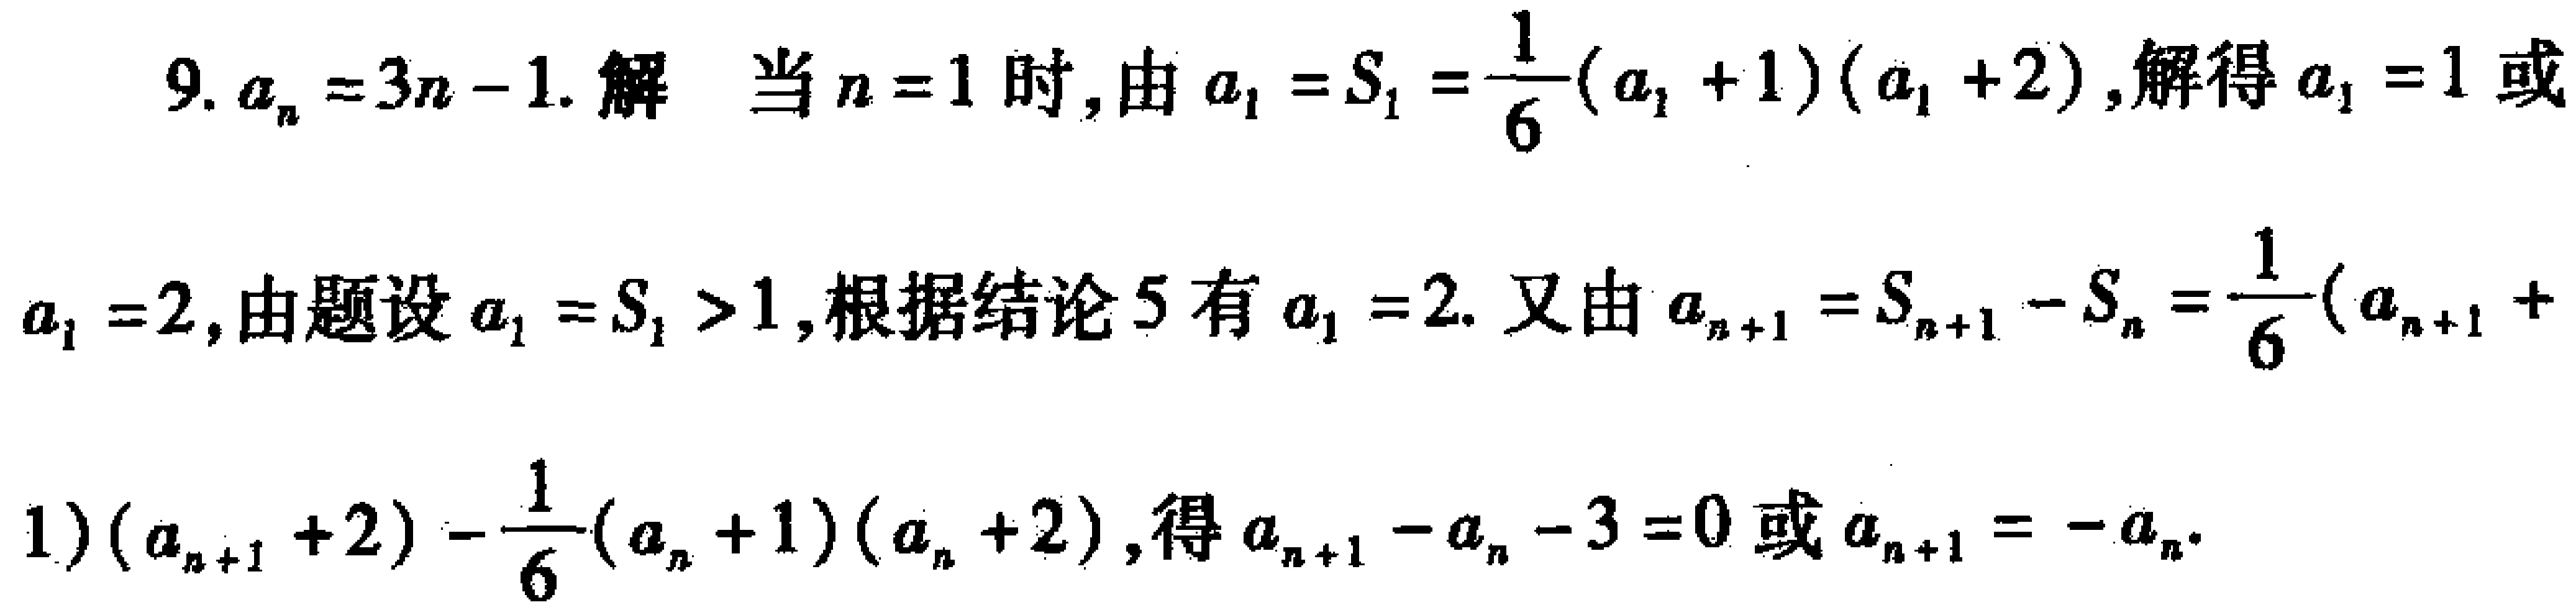
9. \(a_{n}=3n - 1\). 解 当\(n = 1\)时, 由\(a_{1}=S_{1}=\frac{1}{6}(a_{1}+1)(a_{1}+2)\), 解得\(a_{1}=1\)或\(a_{1}=2\), 由题设\(a_{1}=S_{1}>1\), 根据结论5有\(a_{1}=2\). 又由\(a_{n + 1}=S_{n + 1}-S_{n}=\frac{1}{6}(a_{n + 1}+1)(a_{n + 1}+2)-\frac{1}{6}(a_{n}+1)(a_{n}+2)\), 得\(a_{n + 1}-a_{n}-3 = 0\)或\(a_{n + 1}=-a_{n}\).